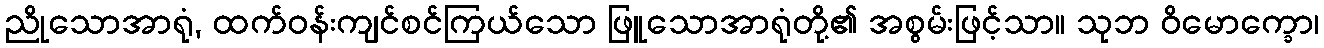
ညိုသောအာရုံ, ထက်ဝန်းကျင်စင်ကြယ်သော ဖြူသောအာရုံတို့၏ အစွမ်းဖြင့်သာ။ သုဘ ဝိမောက္ခော၊